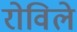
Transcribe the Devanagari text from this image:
रोविले